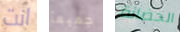
انت جميعآ الحضانة